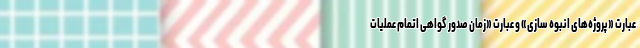
عبارت «پروژه‌‌های انبوه سازی» و عبارت «زمان صدور گواهی اتمام عملیات